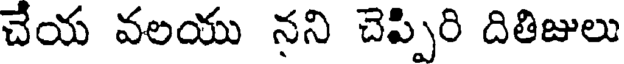
చేయ వలయు నని చెప్పిరి దితిజులు